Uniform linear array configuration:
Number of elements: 4
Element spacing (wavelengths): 1
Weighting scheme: hann
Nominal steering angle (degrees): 30
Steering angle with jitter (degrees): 30.544
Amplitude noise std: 0.05
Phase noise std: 0.05

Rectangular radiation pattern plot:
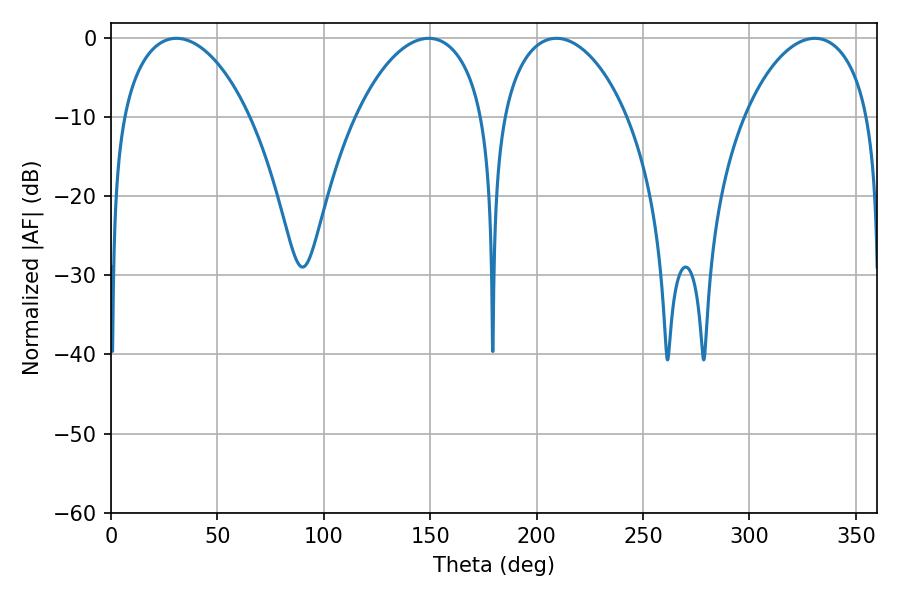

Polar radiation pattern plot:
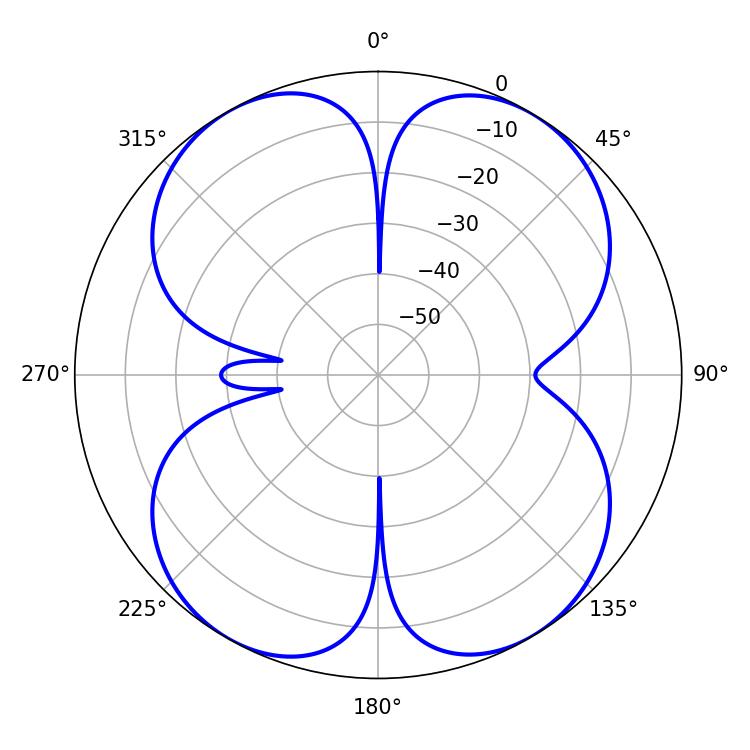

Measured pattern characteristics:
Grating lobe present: TRUE
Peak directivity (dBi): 16.38
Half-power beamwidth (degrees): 34.2
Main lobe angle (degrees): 30.78